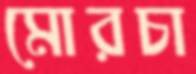
মোরচা